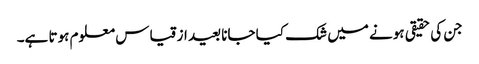
جن کی حقیقی ہونے میں شک کیا جانا بعید از قیاس معلوم ہوتا ہے۔